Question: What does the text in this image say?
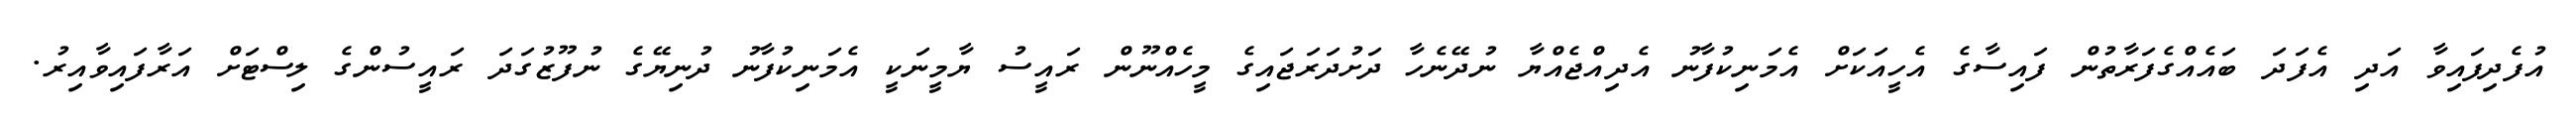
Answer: އުފެދިފައިވާ އަދި އެފަދަ ބައެއްގެފަރާތުން ފައިސާގެ އެހީއަކަށް އެމަނިކުފާނު އެދިއްޖެއްޔާ ނުދޭނެހާ ދަށުދަރަޖައިގެ މީހެއްނޫން ރައީސު ޔާމީނަކީ އެމަނިކުފާނު ދުނިޔޭގެ ނުފޫޒުގަދަ ރައީސުންގެ ލިސްޓަށް އަރާފައިވާއިރު.